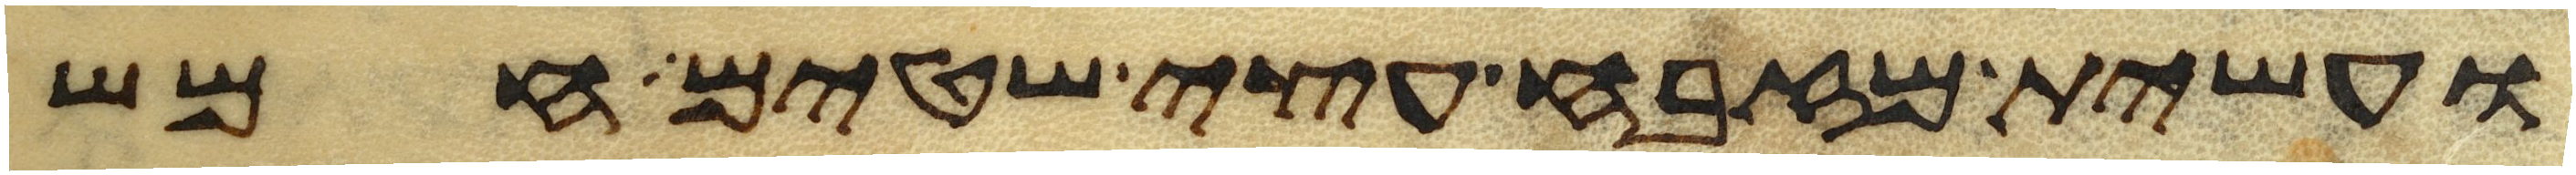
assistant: ועשית מזבח עצי שטים חמש